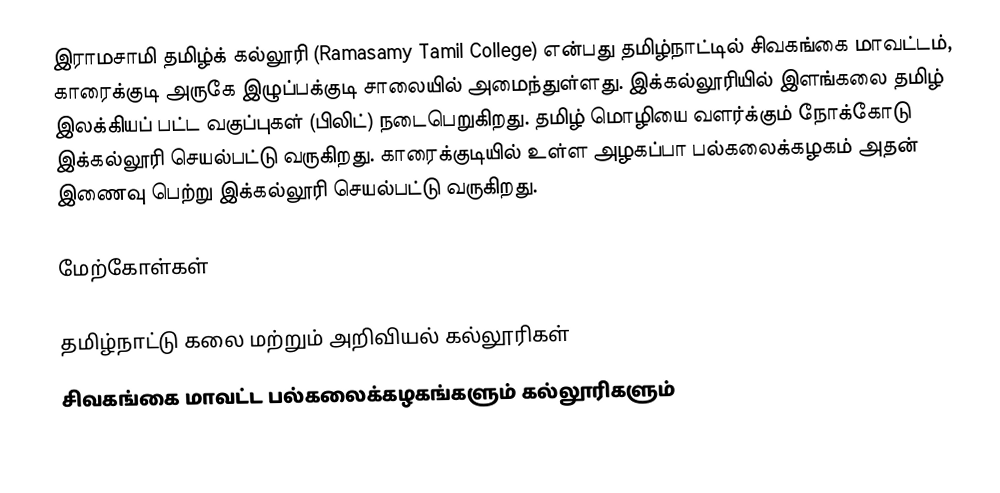
இராமசாமி தமிழ்க் கல்லூரி (Ramasamy Tamil College) என்பது தமிழ்நாட்டில் சிவகங்கை மாவட்டம், காரைக்குடி அருகே இழுப்பக்குடி சாலையில் அமைந்துள்ளது. இக்கல்லூரியில் இளங்கலை தமிழ் இலக்கியப் பட்ட வகுப்புகள் (பிலிட்) நடைபெறுகிறது. தமிழ் மொழியை வளர்க்கும் நோக்கோடு இக்கல்லூரி செயல்பட்டு வருகிறது. காரைக்குடியில் உள்ள அழகப்பா பல்கலைக்கழகம் அதன் இணைவு பெற்று இக்கல்லூரி செயல்பட்டு வருகிறது.

மேற்கோள்கள்

தமிழ்நாட்டு கலை மற்றும் அறிவியல் கல்லூரிகள்
சிவகங்கை மாவட்ட பல்கலைக்கழகங்களும் கல்லூரிகளும்